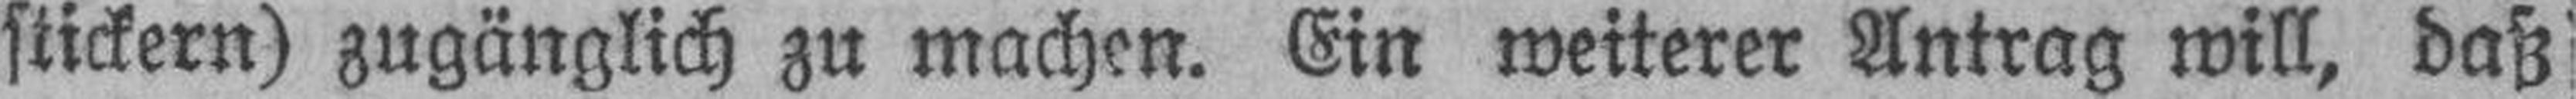
stickern) zugänglich zu machen. Ein weiterer Antrag will, daß